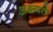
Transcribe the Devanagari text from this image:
अक्ष्यते